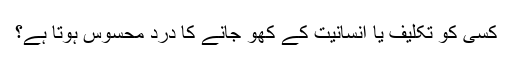
کسی کو تکلیف یا انسانیت کے کھو جانے کا درد محسوس ہوتا ہے؟